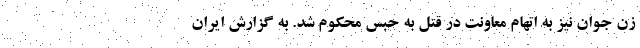
زن جوان نیز به اتهام معاونت در قتل به حبس محکوم شد. به گزارش ایران